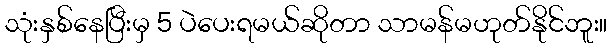
သုံးနှစ်နေပြီးမှ 5 ပဲပေးရမယ်ဆိုတာ သာမန်မဟုတ်နိုင်ဘူး။